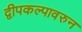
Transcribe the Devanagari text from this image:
द्वीपकल्पावरुन